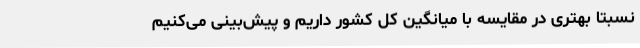
نسبتا بهتری در مقایسه با میانگین کل کشور داریم و پیش‌بینی می‌کنیم